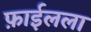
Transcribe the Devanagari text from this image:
फ़ाईलला